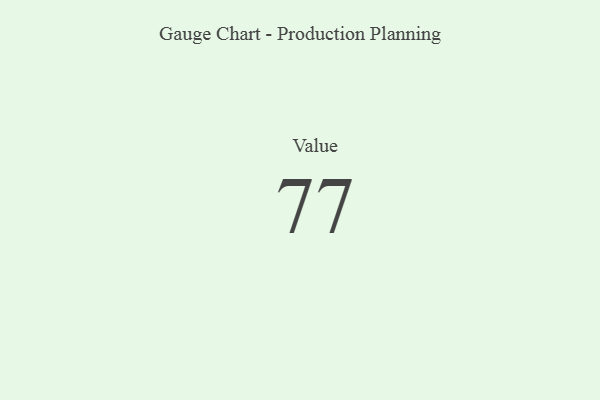
{"axis": {"x": "Metric", "y": "Value"}, "legend": [""], "data": [{"x": "Value", "y": 77, "type": ""}]}